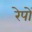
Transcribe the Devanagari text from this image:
रेपों